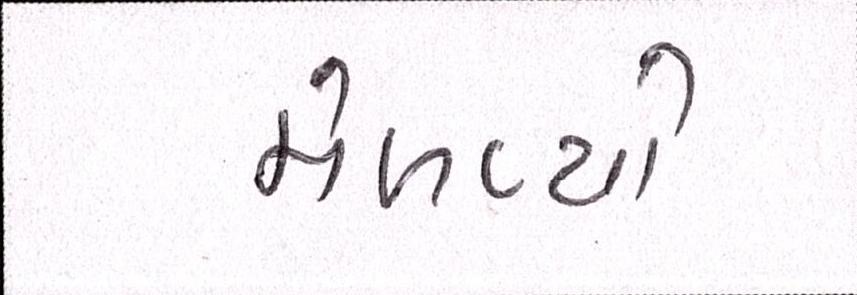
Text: મેળવ્યો